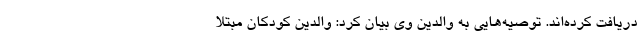
دریافت کرده‌اند. توصیه‌هایی به والدین وی بیان کرد: والدین کودکان مبتلا